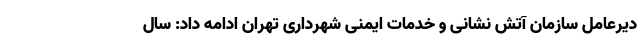
دیرعامل سازمان آتش نشانی و خدمات ایمنی شهرداری تهران ادامه داد: سال